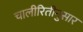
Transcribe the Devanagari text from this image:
चालीरितीनुसार